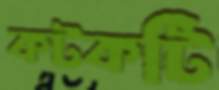
কটকটি